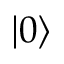
\lvert 0 \rangle